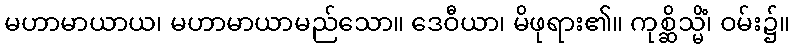
မဟာမာယာယ၊ မဟာမာယာမည်သော။ ဒေဝီယာ၊ မိဖုရား၏။ ကုစ္ဆိသ္မိံ၊ ဝမ်း၌။